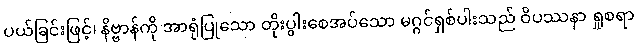
ပယ်ခြင်းဖြင့်၊ နိဗ္ဗာန်ကို အာရုံပြုသော တိုးပွါးစေအပ်သော မဂ္ဂင်ရှစ်ပါးသည် ဝိပဿနာ ရှုစရာ